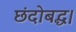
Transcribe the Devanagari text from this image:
छंदोबद्ध।